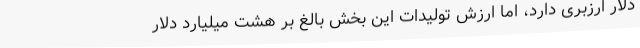
دلار ارزبری دارد، اما ارزش تولیدات این بخش بالغ بر هشت میلیارد دلار